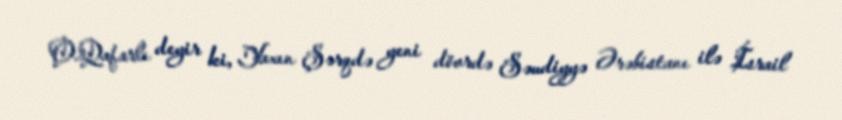
O.Qafarlı deyir ki, Yaxın Şərqdə yeni dövrdə Səudiyyə Ərəbistanı ilə İsrail